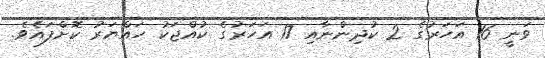
ވަނީ 16 އަހަރުގެ 2 ކުދިންނާއި 17 އަހަރުގެ ކުއްޖަކު ހައްޔަރު ކޮށްފައެވެ.